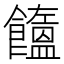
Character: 𩟤